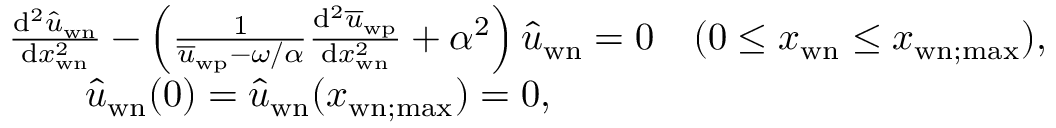
\begin{array} { r l } & { \frac { \mathrm { d } ^ { 2 } \hat { u } _ { \mathrm { w n } } } { \mathrm { d } x _ { \mathrm { w n } } ^ { 2 } } - \left( \frac { 1 } { \overline { { u } } _ { \mathrm { w p } } - \omega / \alpha } \frac { \mathrm { d } ^ { 2 } \overline { { u } } _ { \mathrm { w p } } } { \mathrm { d } x _ { \mathrm { w n } } ^ { 2 } } + \alpha ^ { 2 } \right) \hat { u } _ { \mathrm { w n } } = 0 \quad ( 0 \leq x _ { \mathrm { w n } } \leq x _ { \mathrm { w n } ; \mathrm { m a x } } ) , } \\ & { \qquad \hat { u } _ { \mathrm { w n } } ( 0 ) = \hat { u } _ { \mathrm { w n } } ( x _ { \mathrm { w n } ; \mathrm { m a x } } ) = 0 , } \end{array}